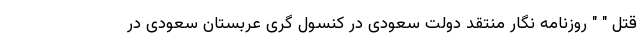
قتل " " روزنامه نگار منتقد دولت سعودی در کنسول گری عربستان سعودی در